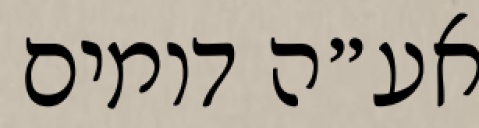
אע״ה דומים